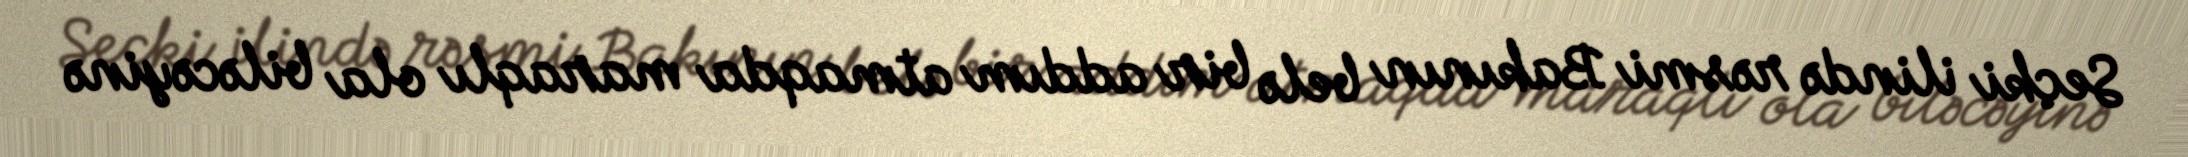
Seçki ilində rəsmi Bakının belə bir addım atmaqda maraqlı ola biləcəyinə